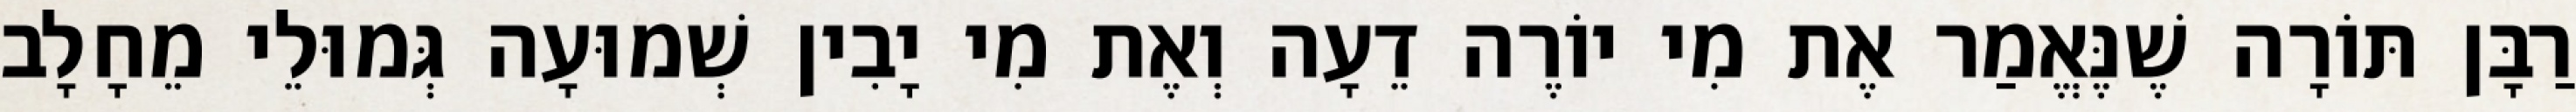
רַבָּן תּוֹרָה שֶׁנֶּאֱמַר אֶת מִי יוֹרֶה דֵעָה וְאֶת מִי יָבִין שְׁמוּעָה גְּמוּלֵי מֵחָלָב